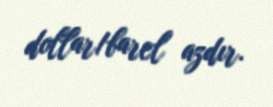
dollar/barel azdır.